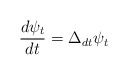
\begin{align*} \frac{d\psi_t}{dt} = {\Delta_d}_t \psi_t\end{align*}